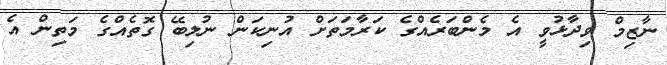
ނާޒިމް ވިދާޅުވީ އެ މެންބަރެއްގެ ކަރާމަތަށް އުނިކަން ނުލިބޭ ގޮތެއްގެ މަތިން އެ